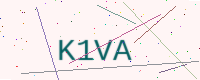
Text: K1VA